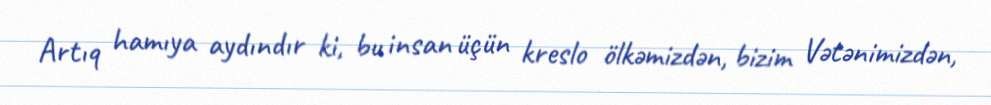
Artıq hamıya aydındır ki, bu insan üçün kreslo ölkəmizdən, bizim Vətənimizdən,